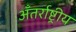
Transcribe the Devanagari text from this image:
अँतर्राष्ट्रीय